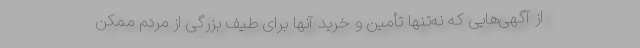
از آگهی‌هایی که نه‌تنها تأمین و خرید آنها برای طیف بزرگی از مردم ممکن